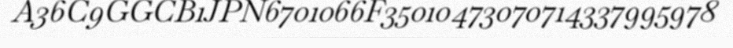
A36C9GGCB1JPN6701066F35010473070714337995978